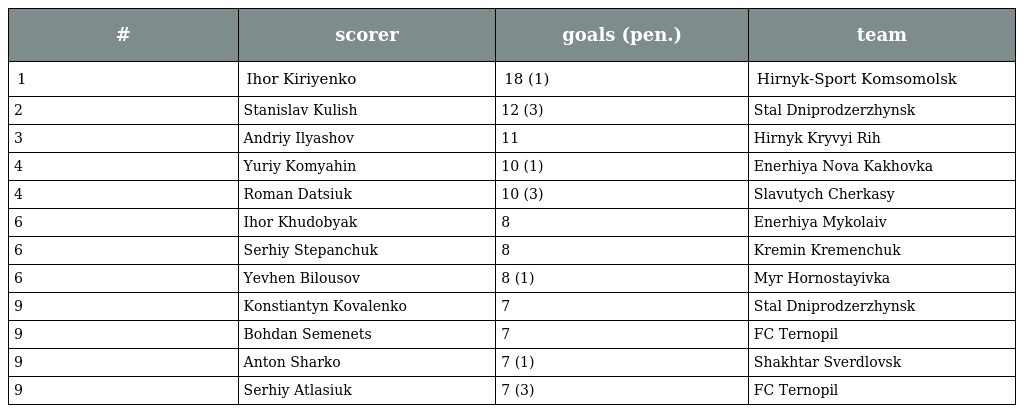
| # | scorer | goals (pen.) | team |
 | --- | --- | --- | --- |
 | 1 | Ihor Kiriyenko | 18 (1) | Hirnyk-Sport Komsomolsk |
 | 2 | Stanislav Kulish | 12 (3) | Stal Dniprodzerzhynsk |
 | 3 | Andriy Ilyashov | 11 | Hirnyk Kryvyi Rih |
 | 4 | Yuriy Komyahin | 10 (1) | Enerhiya Nova Kakhovka |
 | 4 | Roman Datsiuk | 10 (3) | Slavutych Cherkasy |
 | 6 | Ihor Khudobyak | 8 | Enerhiya Mykolaiv |
 | 6 | Serhiy Stepanchuk | 8 | Kremin Kremenchuk |
 | 6 | Yevhen Bilousov | 8 (1) | Myr Hornostayivka |
 | 9 | Konstiantyn Kovalenko | 7 | Stal Dniprodzerzhynsk |
 | 9 | Bohdan Semenets | 7 | FC Ternopil |
 | 9 | Anton Sharko | 7 (1) | Shakhtar Sverdlovsk |
 | 9 | Serhiy Atlasiuk | 7 (3) | FC Ternopil |